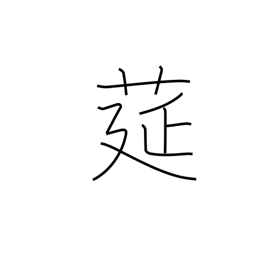
Meaning: straw mat